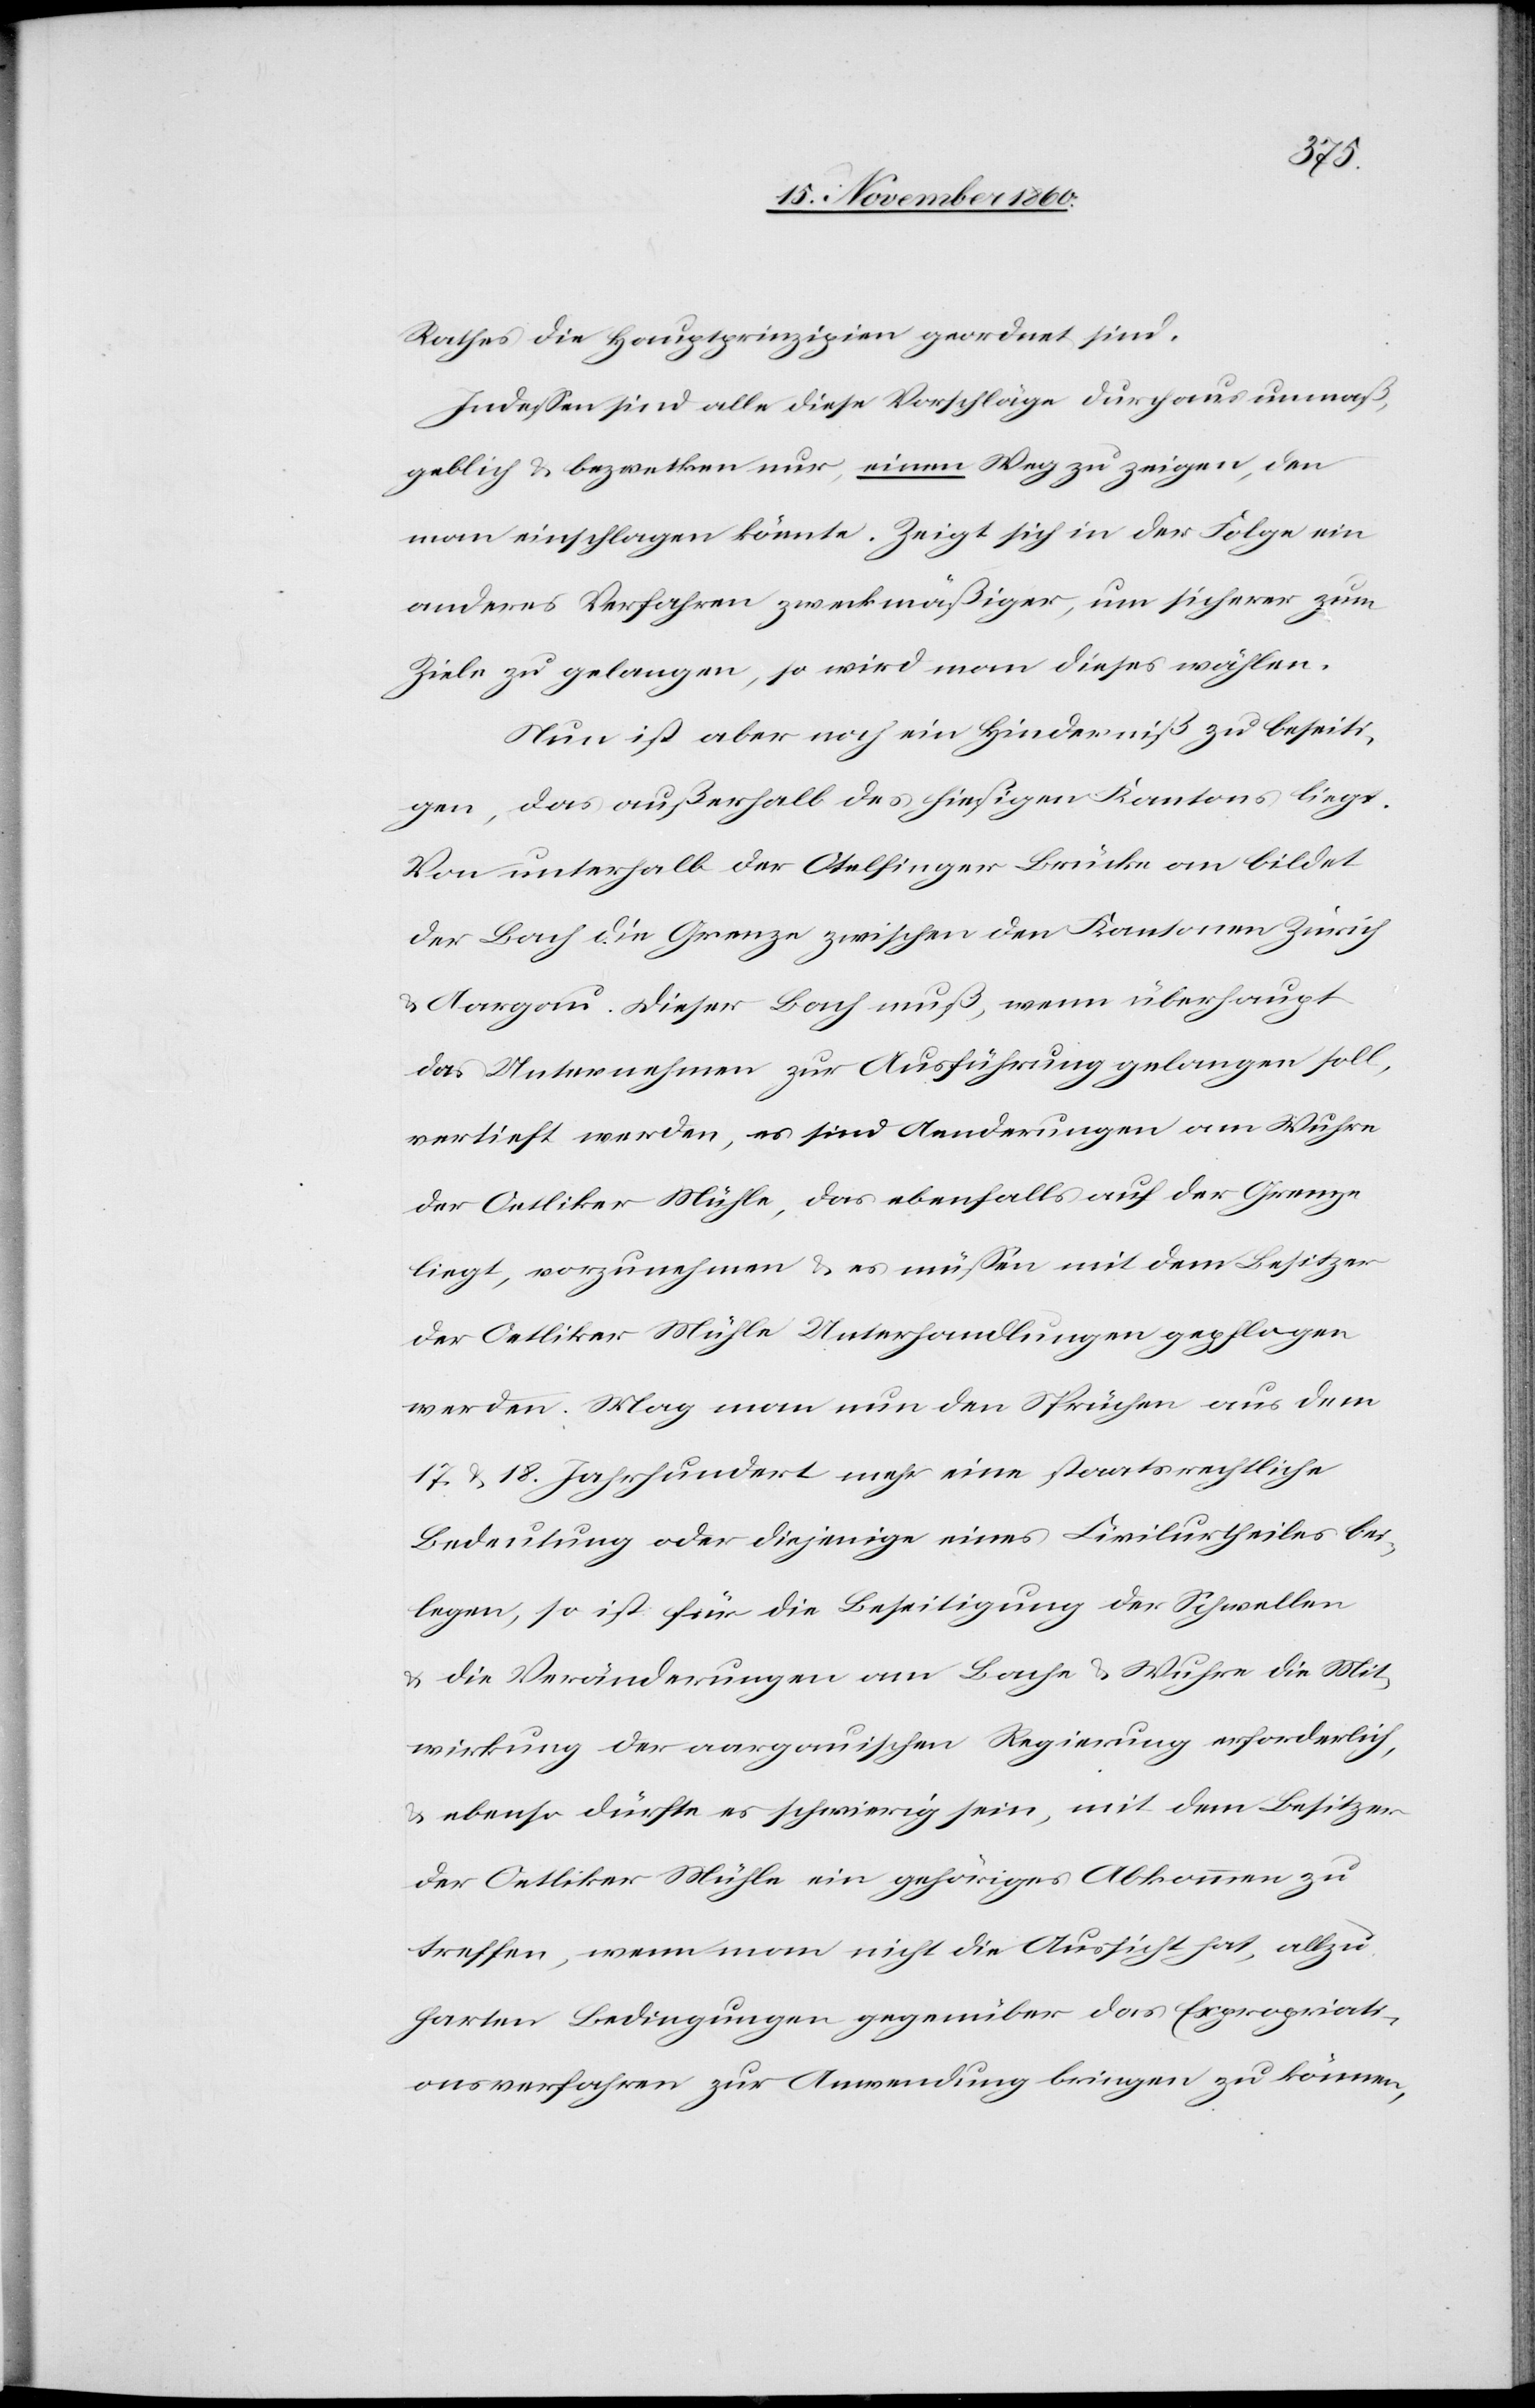
Rathes die Hauptprinzipien geordnet sind.
Indessen sind alle diese Vorschläge durchaus unmaß¬
geblich u. bezwecken nur, einen Weg zu zeigen, den
man einschlagen könnte. Zeigt sich in der Folge ein
anderes Verfahren zweckmäßiger, um sicherer zum
Ziele zu gelangen, so wird man dieses wählen.
Nun ist aber noch ein Hinderniß zu beseiti¬
gen, das außerhalb des hiesigen Kantons liegt.
Von unterhalb der Otelfinger Brücke an bildet
der Bach die Grenze zwischen den Kantonen Zürich
u. Aargau. Dieser Bach muß, wenn überhaupt
das Unternehmen zur Ausführung gelangen soll,
vertieft werden, es sind Aenderungen am Wuhre
der Oetliker-Mühle, das ebenfalls auf der Grenze
liegt, vorzunehmen u. es müssen mit dem Besitzer
der Oetliker Mühle Unterhandlungen gepflogen
werden. Mag man nun den Sprüchen aus dem
17. u. 18. Jahrhundert mehr eine staatsrechtliche
Bedeutung oder diejenige eine Civilurtheiles bei¬
legen, so ist für die Beseitigung der Schwellen
u. die Veränderungen am Bache u. Wuhre die Mit¬
wirkung der aargauischen Regierung erforderlich,
u. ebenso dürfte es schwierig sein, mit dem Besitzer
der Oetliker Mühle ein gehöriges Abkommen zu
treffen, wenn man nicht die Aussicht hat, allzu
harten Bedingungen gegenüber das Expropriati¬
onsverfahren zur Anwendung zu bringen zu können,